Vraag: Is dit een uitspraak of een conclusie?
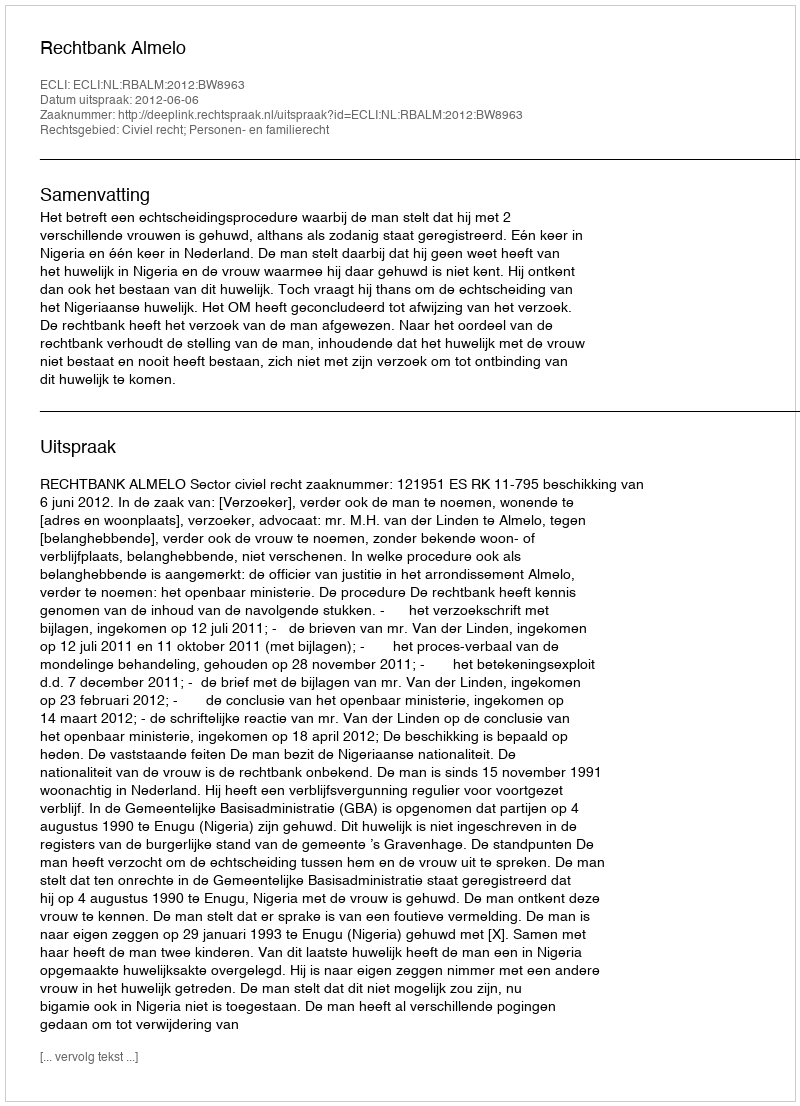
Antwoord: Uitspraak